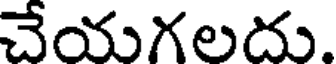
చేయగలదు.